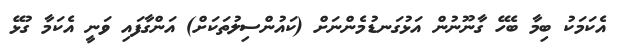
އެކަމަކު ބިމާ ބެހޭ ގާނޫނުން އަޅުގަނޑުމެންނަށް (ކައުންސިލުތަކަށް) އަންގާފައި ވަނީ އެކަމާ ގުޅޭ